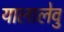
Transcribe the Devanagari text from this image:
यालालेवु